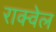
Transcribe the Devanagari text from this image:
राक्वेल